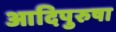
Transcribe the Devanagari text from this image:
आदिपुरुषा